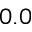
0 . 0